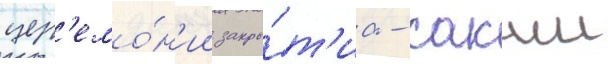
цер'емо́н'ии закры́т'иа - сакши